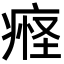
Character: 𬏴